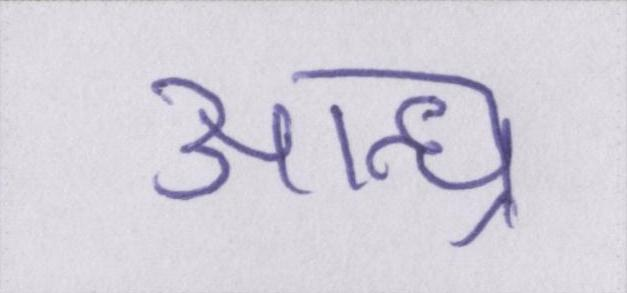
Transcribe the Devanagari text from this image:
आन्ध्र